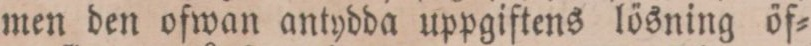
men den ofwan antydda uppgiftens lösning öf=